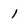
Character: 1